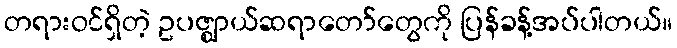
တရားဝင်ရှိတဲ့ ဥပဇ္ဈာယ်ဆရာတော်တွေကို ပြန်ခန့်အပ်ပါတယ်။